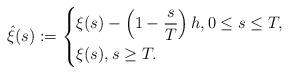
LaTeX: \begin{align*} \hat{\xi}(s):=\left\{ \begin{aligned} &\xi(s)-\left( 1-\frac{s}{T} \right) h, 0\leq s\leq T,\\ &\xi(s), s \geq T. \end{aligned} \right.\end{align*}